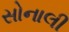
સોનાલી